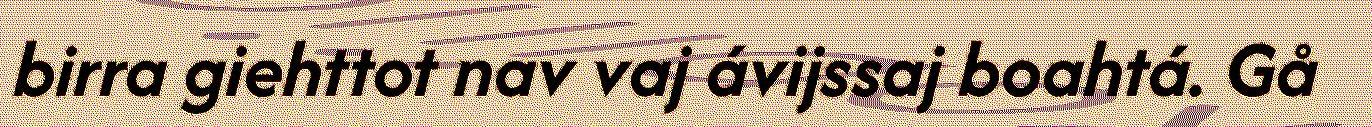
birra giehttot nav vaj ávijssaj boahtá. Gå